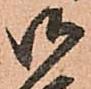
御